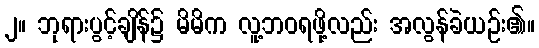
၂။ ဘုရားပွင့်ချိန်၌ မိမိက လူ့ဘဝရဖို့လည်း အလွန်ခဲယဉ်း၏။